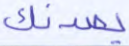
يصدنك